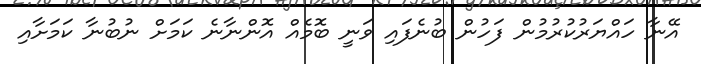
އޭނާ ހައްޔަރުކުރުމުން ފަހުން ބުނެފައި ވަނީ ބޮމެއް އޮންނާނެ ކަމަށް ނުބުނާ ކަމަށާއި